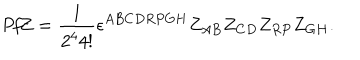
{ \it P f } Z = { \frac { 1 } { 2 ^ { 4 } 4 ! } } \epsilon ^ { A B C D R P G H } Z _ { A B } Z _ { C D } Z _ { R P } Z _ { G H } .